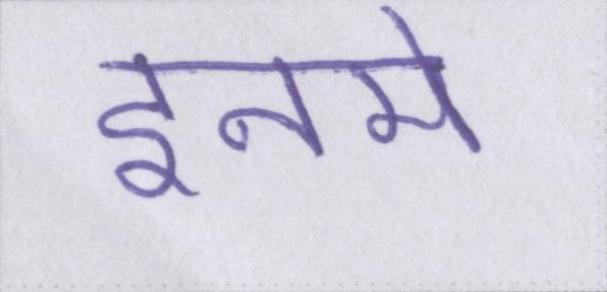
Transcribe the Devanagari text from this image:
इनमे